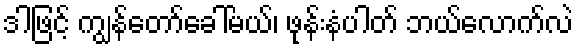
ဒါဖြင့် ကျွန်တော်ခေါ်မယ်၊ ဖုန်းနံပါတ် ဘယ်လောက်လဲ